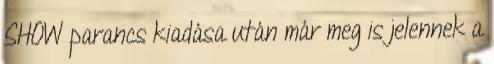
SHOW parancs kiadása után már meg is jelennek a